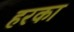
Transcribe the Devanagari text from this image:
हरका